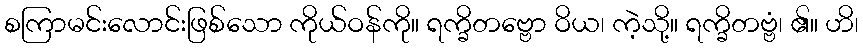
စကြာမင်းလောင်းဖြစ်သော ကိုယ်ဝန်ကို။ ရက္ခိတဗ္ဗော ဝိယ၊ ကဲ့သို့။ ရက္ခိတဗ္ဗံ၊ ၏။ ဟိ၊